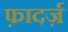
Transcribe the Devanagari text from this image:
फ़ादर्ज़